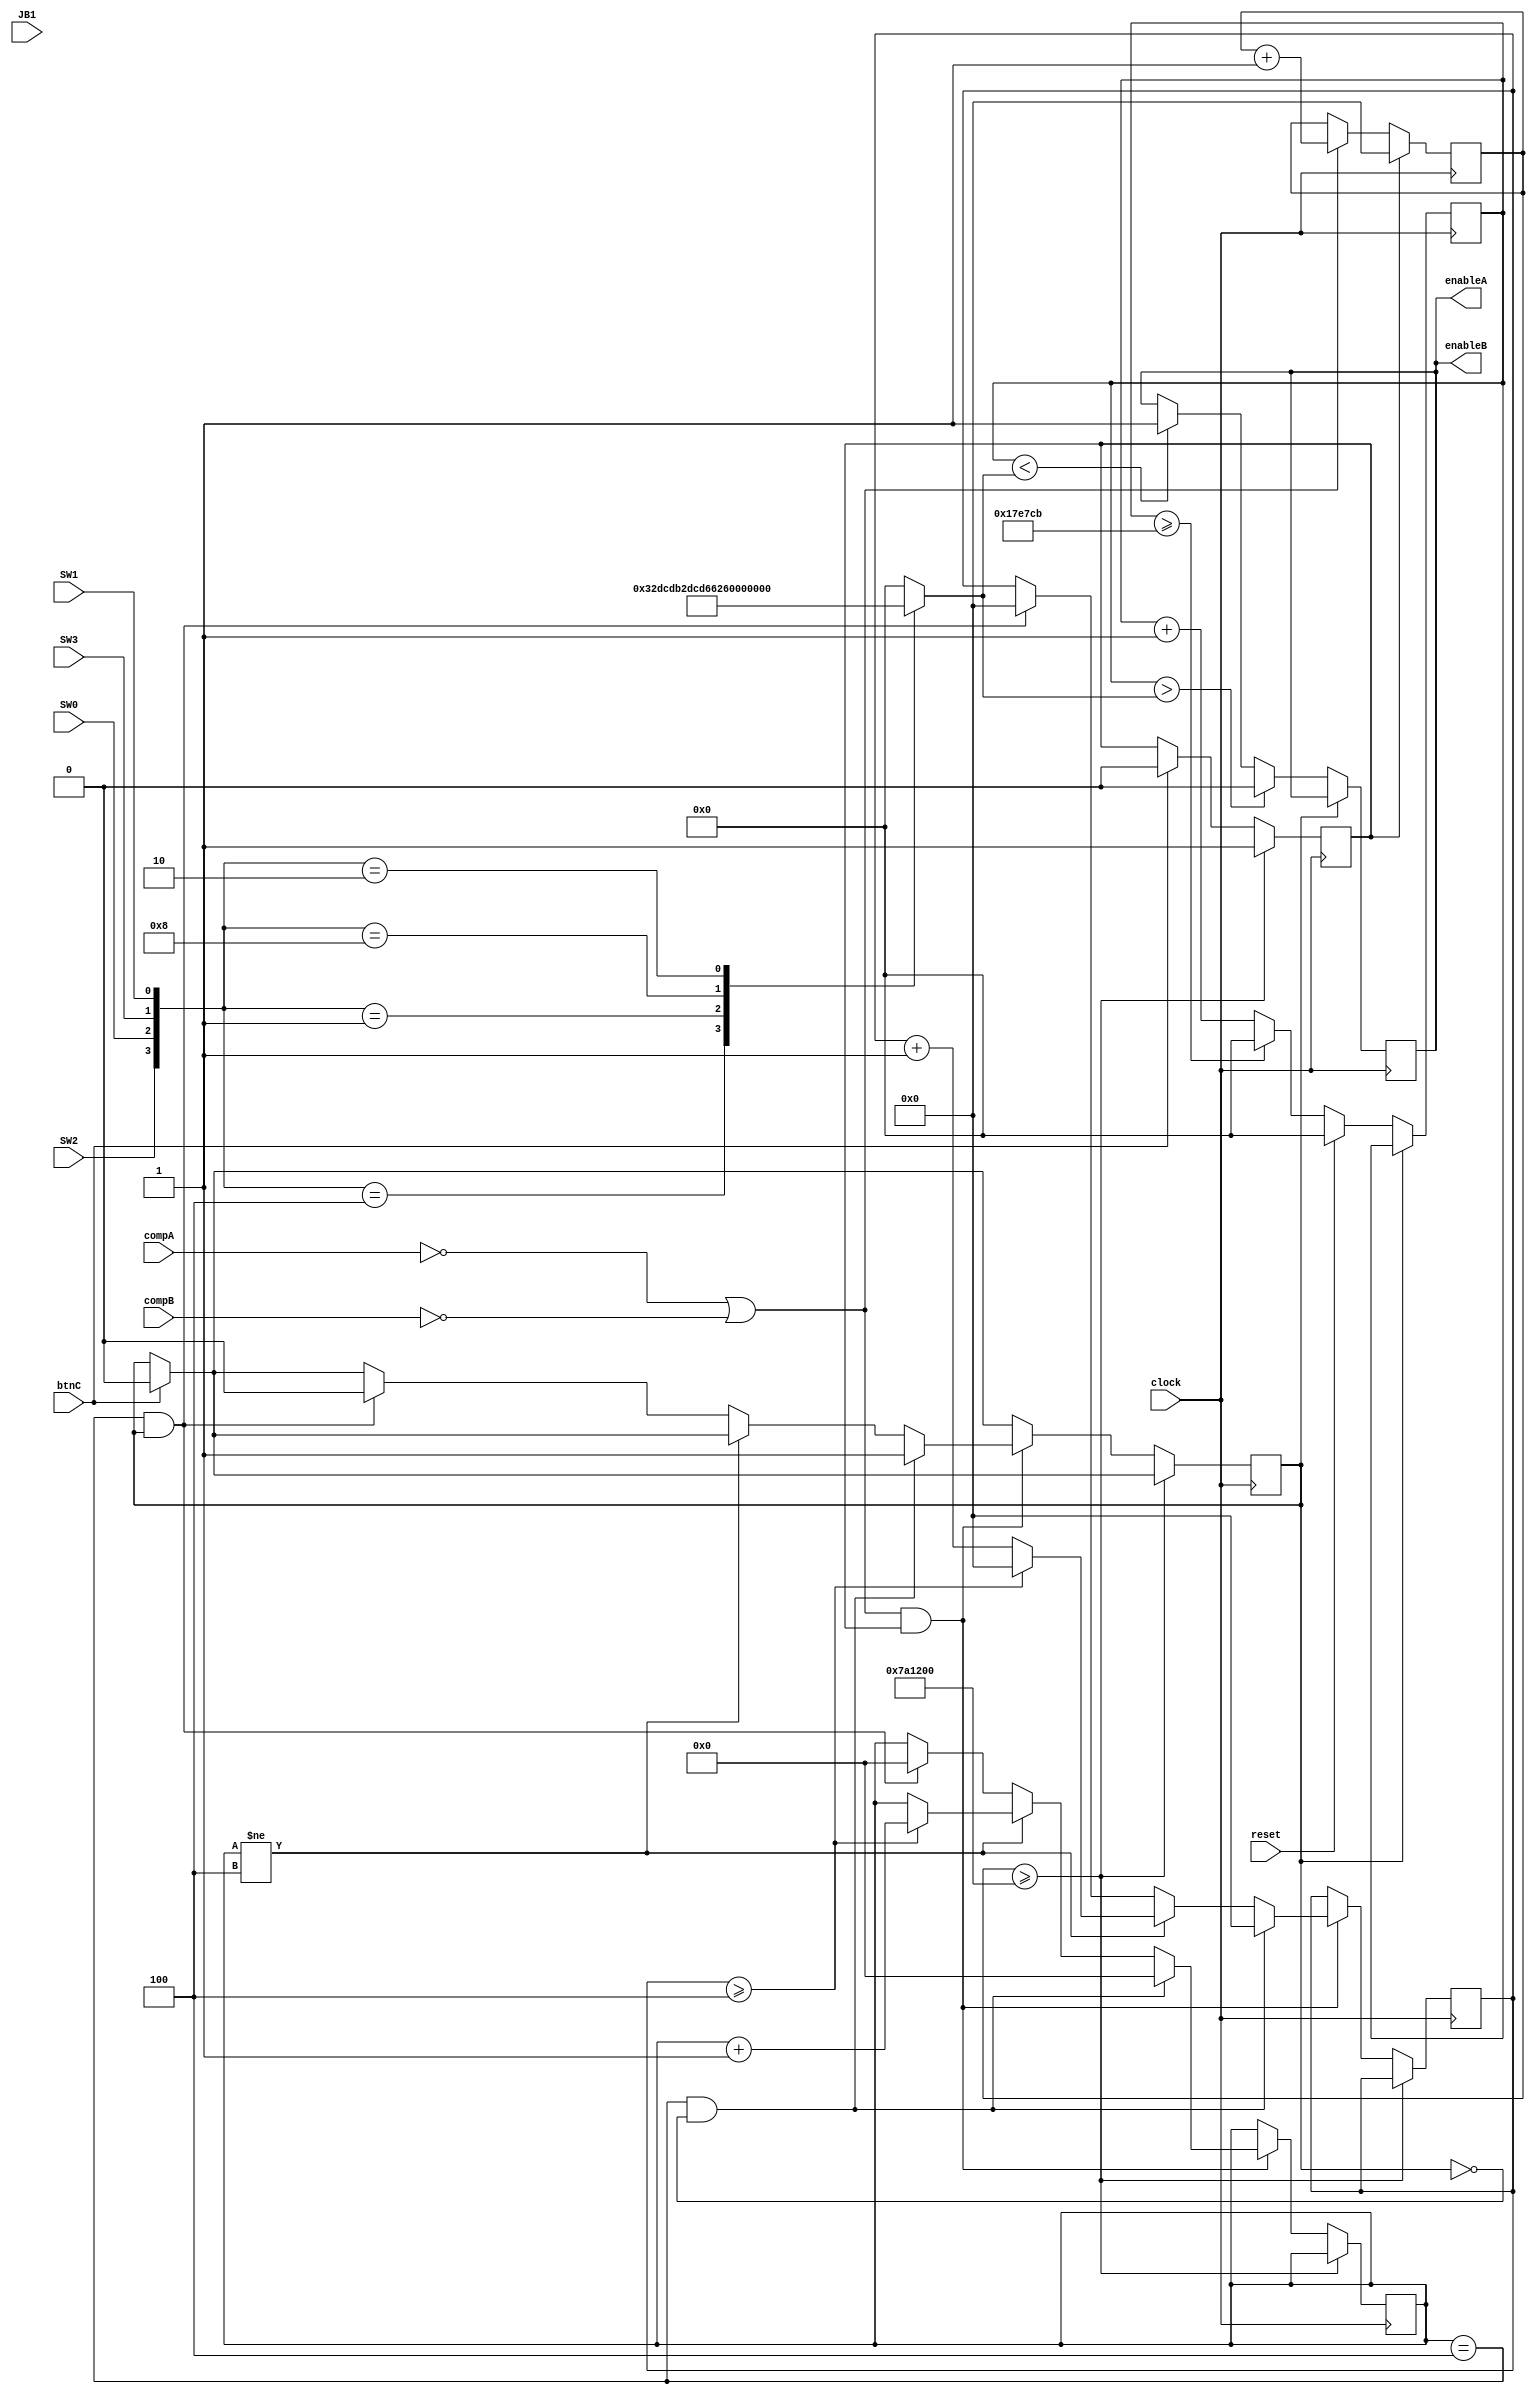
`timescale 1ns / 1ps
//////////////////////////////////////////////////////////////////////////////////
// Company: 
// Engineer: 
// 
// Design Name: 
// Module Name: Nano_PWM
// Project Name: 
// Target Devices: 
// Tool Versions: 
// Description: 
// 
// Dependencies: 
// 
// Revision:
// Revision 0.01 - File Created
// Additional Comments:
// 
//////////////////////////////////////////////////////////////////////////////////


module Pico_PWM(
    input clock,
    input reset, btnC,
    input SW0,SW1,SW2,SW3, compA, compB, JB1,
    output enableA, enableB
);
    reg temp_PWM;
    reg [20:0] counter;
    reg [20:0] speed;
    reg [32:0] bufferCounter_clock, surge_clock;
    reg [5:0] bufferCounter;
    reg compBuffer, stop;

    initial begin
        //speed and direction
        counter = 0;
        speed =0;
        temp_PWM = 0;
        compBuffer = 0;
        bufferCounter = 4;
        stop = 0;
        surge_clock = 0;
    end

    always@(posedge clock) begin // updates during every rising edge of the clock
    if (btnC) begin
    stop <= 0;
    compBuffer <= 0;
    end
    
        if(stop == 0) begin
            if (!compA || !compB)
            surge_clock <= surge_clock + 1;
            end
        else begin
        surge_clock <= 0;
        end
        if (surge_clock >= 8000000)
        stop <= 1;
        
    
       else if ((!compA || !compB) && stop) begin     // if either motor triggers overcurrent protection

            if (bufferCounter == 4 && !compBuffer) begin      // if the counter has finished (or has just been initialized) and the buffer flag is not set --> begin
            compBuffer <= 1;             // enable the buffer flag; 
            bufferCounter <= 0;          // reset the higher-level precision counter;
           // temp_PWM <= 0;
            bufferCounter_clock <= 0;    // reset the lower-level clock counter;
            end
            
            else if (bufferCounter != 4) begin       // change bufferCounter for easier buffer time control. change between "if" or "while" if error
                bufferCounter_clock <= bufferCounter_clock + 1;     // try a blocking statement here if needed
                if (bufferCounter_clock >= 4) begin       // arbitrary large number
                    bufferCounter_clock <= 0;                   // reset large number
                    bufferCounter <= bufferCounter + 1;         // increment precision counter
                end
            end

           else if(bufferCounter == 4 && compBuffer) begin      // once the buffer is finished
                bufferCounter_clock <= 0;       // reset the buffer clock (extraneous, use for debugging)
                bufferCounter <= 0;         // reset the buffer precision counter (extraneous, use for debugging)
                compBuffer <= 0;        // disable the buffer flag
            end

        end
         if (!compBuffer) begin     // if the buffer flag is not enabled
            if(reset)
                counter <= 0;
            else if (counter >= 1566667)    // code to control PWM cycle based on switch cases
                counter <= 0;
            else
                counter <= counter + 1;
            if(counter < speed)
                temp_PWM <= 1;
            
            if (counter > speed)
                temp_PWM <= 0;  
        end
    end

    always @ (*) begin
        case({SW2,SW0,SW3,SW1})

            4'b0100: speed = 21'd416667; // 25%
            4'b0001: speed = 21'd833333; // 50% 
            4'b1000: speed = 21'd1250000; // 75%
            4'b0010: speed = 21'd1566667; // 94%
            default : speed= 21'd0;
        endcase
    end


    assign enableA = temp_PWM;
    assign enableB = temp_PWM;
endmodule